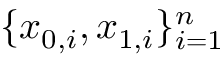
\{ x _ { 0 , i } , x _ { 1 , i } \} _ { i = 1 } ^ { n }